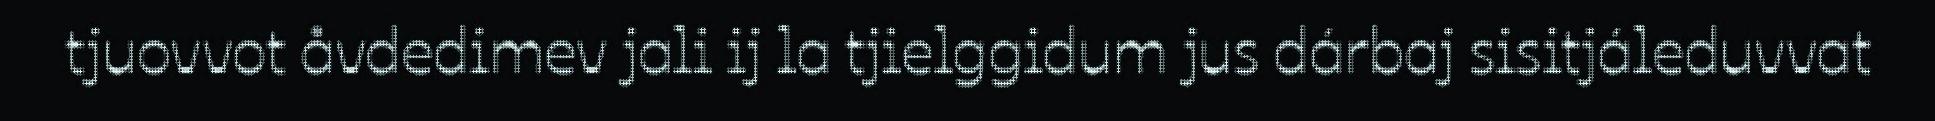
tjuovvot åvdedimev jali ij la tjielggidum jus dárbaj sisitjáleduvvat